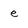
Character: e